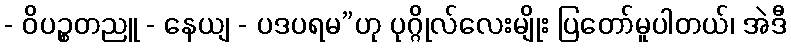
- ဝိပဉ္စတညူ - နေယျ - ပဒပရမ”ဟု ပုဂ္ဂိုလ်လေးမျိုး ပြတော်မူပါတယ်၊ အဲဒီ